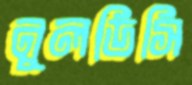
নুলডিসি